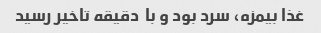
غذا بیمزه، سرد بود و با  دقیقه تاخیر رسید